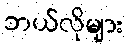
ဘယ်လိုများ